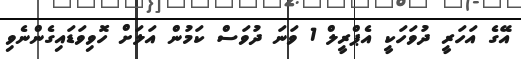
އޭގެ އަހަރީ ދުވަހަކީ އެޕްރީލް 1 ވަނަ ދުވަސް ކަމުން އަލަށް ހޮވިވަޑައިގެންނެވި